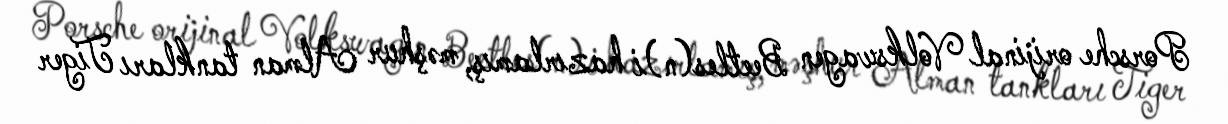
Porsche orijinal Volkswagen Beetles(n)i hazırlamış, məşhur Alman tankları Tiger